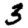
Digit: 3